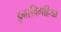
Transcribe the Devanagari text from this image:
इनरबिगहिया